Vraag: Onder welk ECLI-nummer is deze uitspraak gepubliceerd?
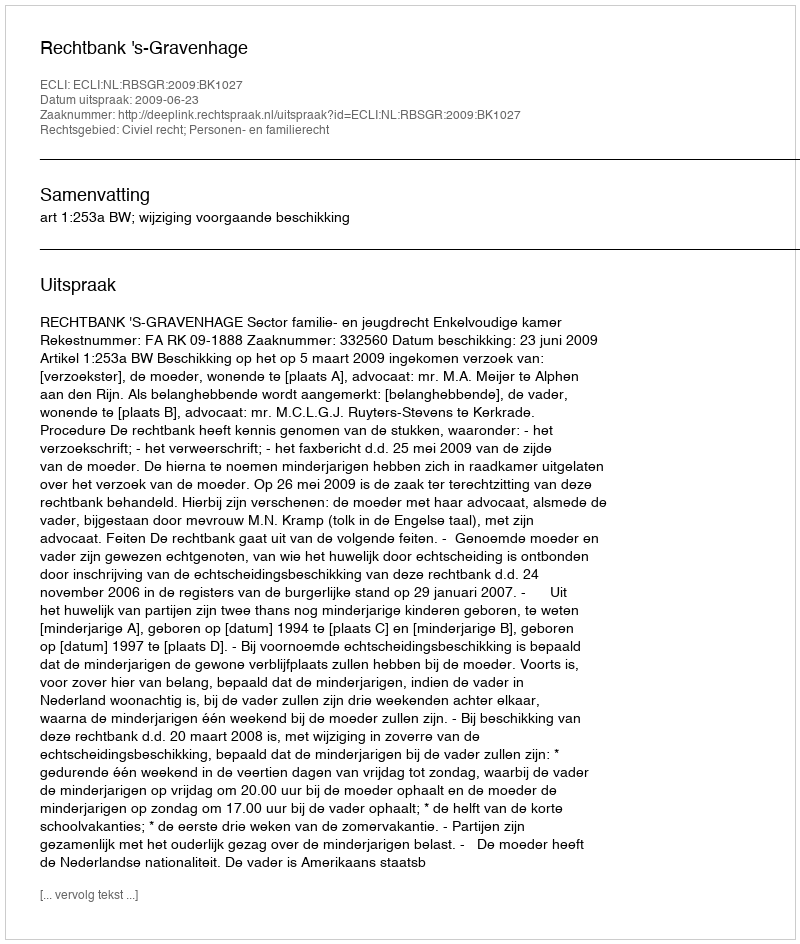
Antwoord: ECLI:NL:RBSGR:2009:BK1027